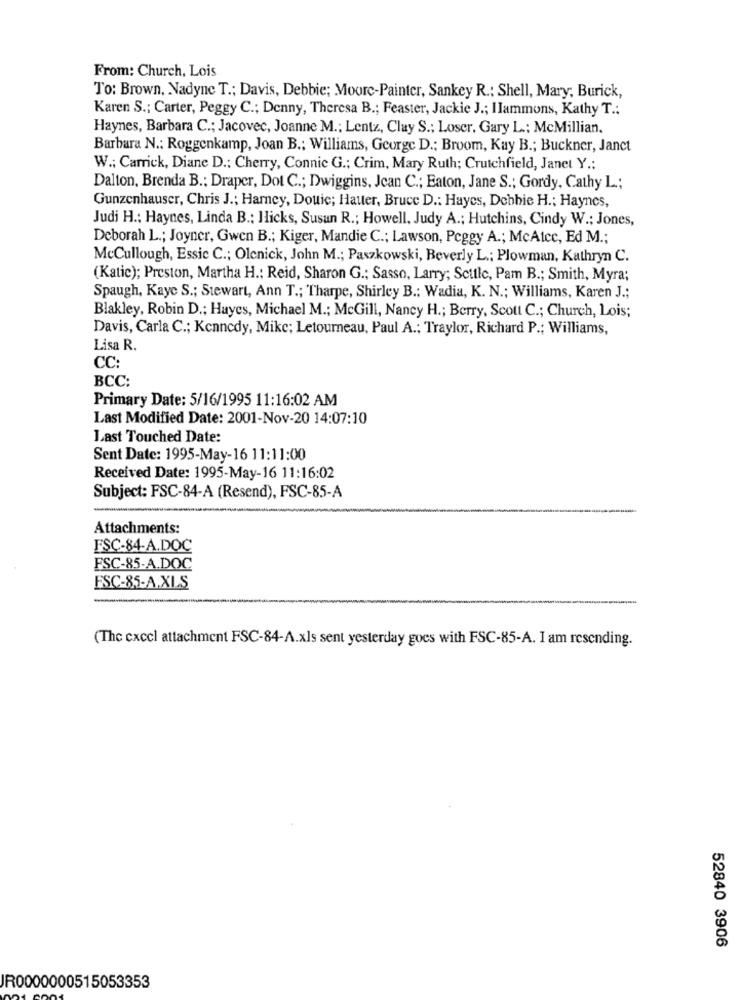
From: Church, Lois
To: Brown, Nadyne T .; Davis, Debbie; Moore-Painter, Sankey R .: Shell, Mary; Burick,
Karen S .; Carter, Peggy C .; Denny, Theresa B .; Feaster, Jackie J .; Ilammons, Kathy T .:
Haynes, Barbara C .; Jacovec, Joanne M .; Lentz, Clay S .; Loser, Gary L .; McMillian.
Barbara N .: Roggenkamp, Joan B .; Williams, George D .; Broom, Kay B .; Buckner, Janct
W .; Carrick, Diane D .: Cherry, Connic G .; Crim, Mary Ruth; Crutchfield, Janet Y .:
Dalton, Brenda B .: Draper, Dot C .; Dwiggins, Jean C .; Eaton, Jane S .; Gordy, Cathy L .;
Gunzenhauser, Chris J .; Harney, Douic; Hauter, Bruce D .: Hayes, Debbie H .; Haynes,
Judi H .: Haynes, Linda B .: Hicks, Susun R .; Howell, Judy A .; Hutchins, Cindy W .; Jones,
Deborah L .; Joyner, Gwen B .; Kiger, Mandie C .; Lawson, Peggy A .; McAtcc, Ed M .;
Mccullough, Essie C .; Olenick, John M .; Paszkowski, Beverly L .; Plowman, Kathryn C.
(Katic); Preston, Martha H .: Reid, Sharon G .; Sasso, Larry; Scttle, Pam B .; Smith, Myra;
Spaugh, Kayc S .; Stewart, Ann T .; Tharpe, Shirley B .: Wadia, K. N .; Williams, Karen J .;
Blakley, Robin D .; Huyes, Michael M .; McGill, Nancy H .; Berry, Scott C .; Church, Lois;
Davis, Carla C .; Kennedy, Mike; Letourneau, Paul A .; Traylor, Richard P .; Williams,
Lisa R.
CC:
BCC:
Primary Date: 5/16/1995 11:16:02 AM
Last Modified Date: 2001-Nov-20 14:07:10
Last Touched Date:
Sent Date: 1995-May-16 11:11:00
Received Date: 1995-May-16 11:16:02
Subject: FSC-84-A (Resend), FSC-85-A
Attachments:
FSC-84-A.DOC
FSC-85-A.DOC
FSC-85-A.XLS
(The cxccl attachment FSC-84-A.xls sent yesterday goes with FSC-85-A. I am resending.
52840 3906
JR0000000515053353